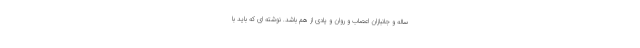
ساله و جانبازان اعصاب و روان و یادی از هم باشد. نوشته ای که باید با